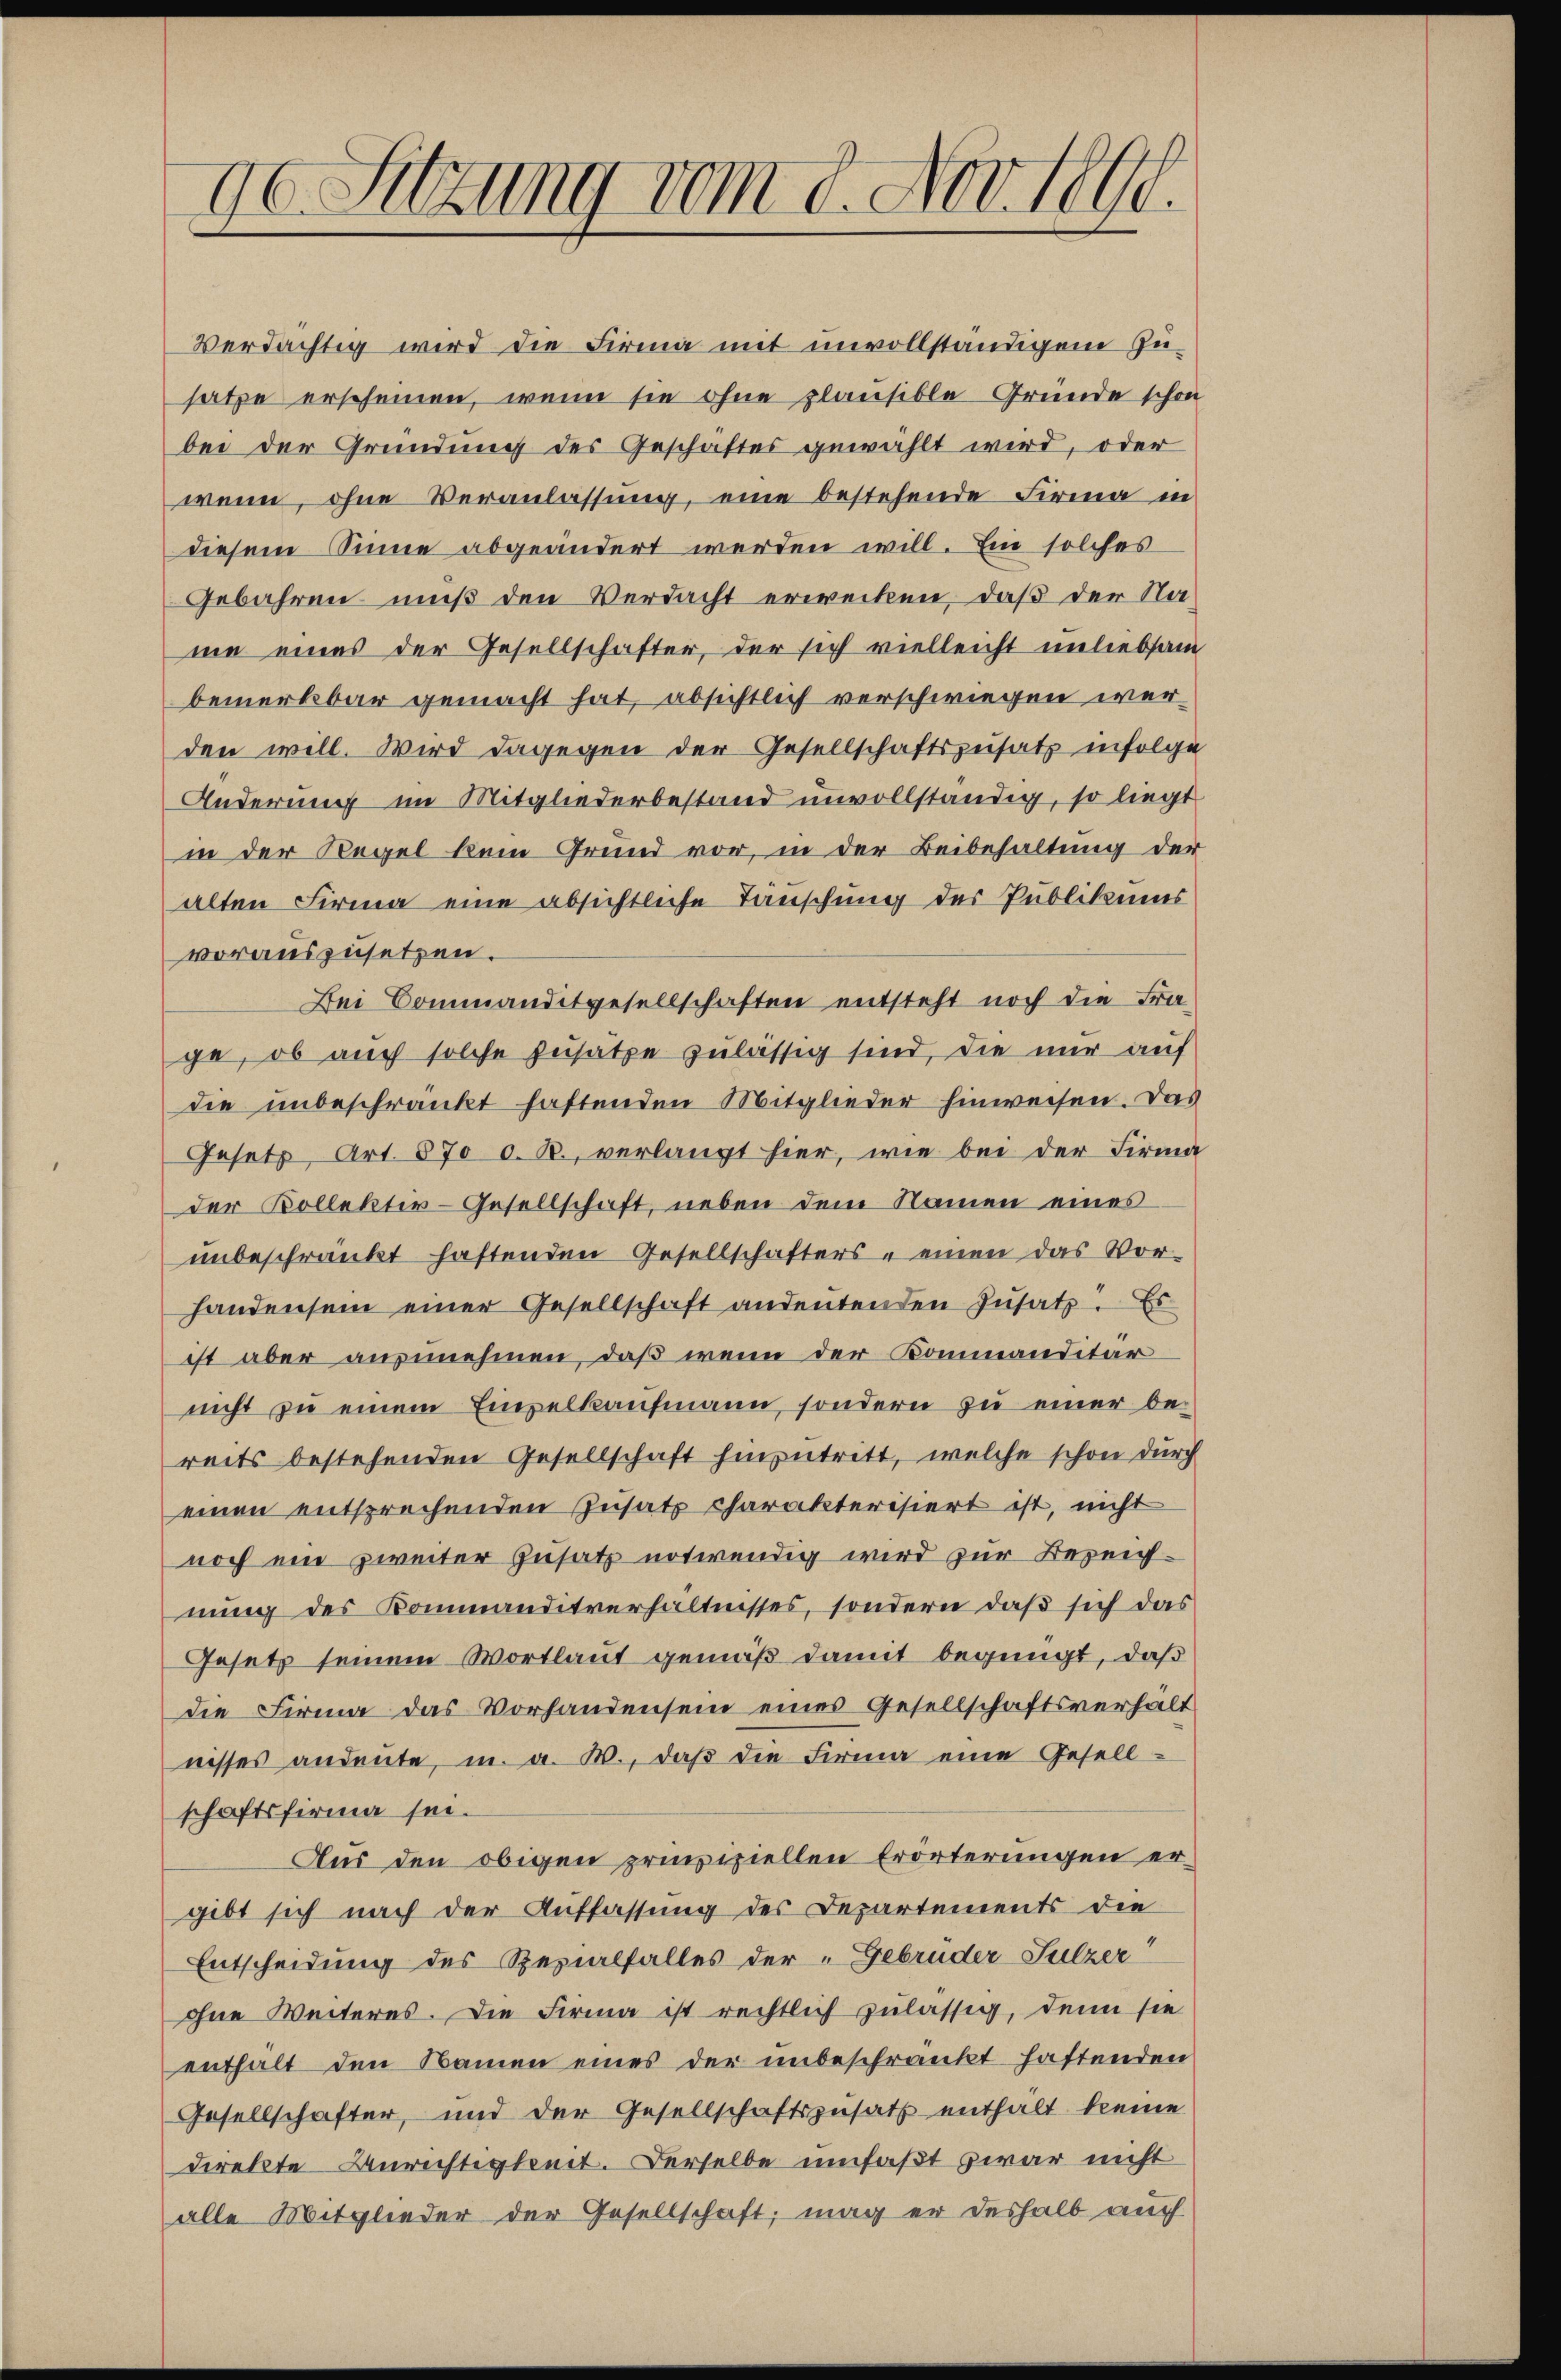
ge Sitzung vom 8. Nov. 1890.

verdächtig wird die Firma mit unvollständigen Zusatze erscheinen, wenn sie ohne plausible Gründe schon
bei der Gründung des Geschäftes gewählt wird, oder
wenn, ohne Veranlassung, eine bestehende Firma in
diesem Sinne abgeändert werden will. Ein solches
Gebahren muß den Verdacht erwecken, daß der Na-
nie eines der Gesellschafter, der sich vielleicht unliebsam
bemerkbar gemacht hat, absichtlich verschwiegen werden will. Wird dagegen der Gesellschaftszusatz infolge
Änderung im Mitgliederbestand unvollständig, so liegt
in der Regel kein Grund vor, in der Beibehaltung der
alten Firma eine absichtliche Tauschung der Publikums
vorauszusetzen.
Bei Commanditgesellschaften entsteht noch die Fra-
ge, ob auch solche Zusätze zulässig sind, die nur auf
die unbeschränkt haftenden Mitglieder hinweisen. Das
Gesetz, Art. 870 d. B., verlangt hier, wie bei der Firma
der Kollektiv-Gesellschaft, neben dem Namen eines
unbeschränkt haftenden Gesellschafters - einen das Vor-
handensein einer Gesellschaft andentenden Zusatz. Es
ist aber ausnehmen, daß wenn der Kommanditär
nicht zu einem Einzelkaufmann, sondern zu einer bereits bestehenden Gesellschaft hinzutritt, welche schon durch
einen entsprechenden Zusatz charakterisiert ist, nicht
noch ein zweiter Zusatz notwendig wird zur Bezeichnung des Kommanditverhältnisses, sondern daß sich das
Gesetz seinem Wortlaut gemäß damit begnügt, daß
die Firma das Vorhandensein eines Gesellschaftsverhalt
nisses andeute, u. a. M., daβ die Firma eine Gesell-
schaftsfirma sei.
Aus den obigen prinzipiellen Erörterungen ergibt sich nach der Auffassung des Departements die
Entscheidung des Rezialfalles der Gebrüder-Sulzer
ohne Weiteres. Die Firma ist rechtlich zulässig, denn sie
enthält den Namen eines der unbeschränkt haftenden
Gesellschafter, und der Gesellschaftszusatz enthalt keine
direkte Anrichtigkeit. Derselbe umfaßt zwar nicht
alle Mitglieder der Gesellschaft, mag er deshalb auch